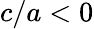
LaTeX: c/a<0